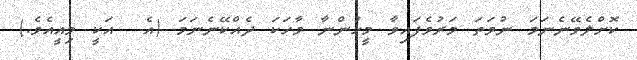
ކޮށްލެވޭނެނަމަ ނުވަތަ މަރުވެފައިވާ މީހުންނާ ވާހަކަ ދެއްކޭނެނަމަ (އެ  އަކީ މިއީއެވެ.)